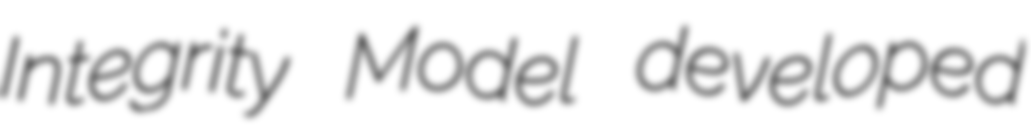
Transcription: Integrity Model developed